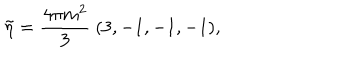
\tilde { \eta } = { \frac { 4 \pi m ^ { 2 } } { 3 } } \ ( 3 , - 1 , - 1 , - 1 ) ,